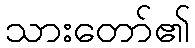
သားတော်၏